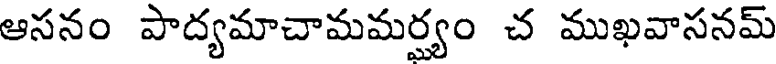
ఆసనం పాద్యమాచామమర్యం చ ముఖవాసనమ్